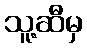
သူ့ဆီမှ